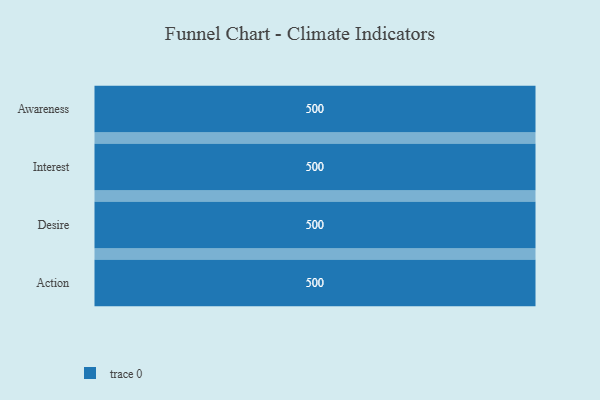
{"axis": {"x": "Stage", "y": "Value"}, "legend": [""], "data": [{"x": "Awareness", "y": 500, "type": ""}, {"x": "Interest", "y": 500, "type": ""}, {"x": "Desire", "y": 500, "type": ""}, {"x": "Action", "y": 500, "type": ""}]}